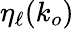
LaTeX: \eta_{\ell}(k_{o})